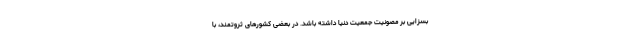
بسزایی بر مصونیت جمعیت دنیا داشته باشد. در بعضی کشورهای ثروتمند، با